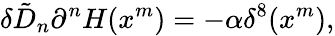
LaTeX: \delta\tilde{D}_{n}\partial^{n}H(x^{m})=-\alpha\delta^{8}(x^{m}),